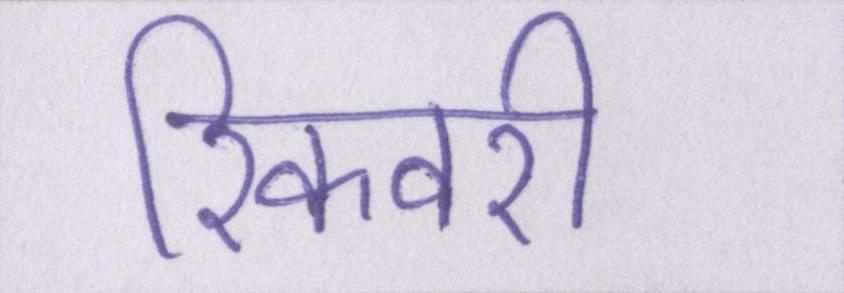
रिकवरी